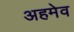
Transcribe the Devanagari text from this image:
अहमेव